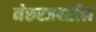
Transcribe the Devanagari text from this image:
नेरुरजवळील